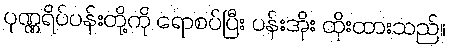
ပုဏ္ဏရိပ်ပန်းတို့ကို ရောစပ်ပြီး ပန်းအိုး ထိုးထားသည်။